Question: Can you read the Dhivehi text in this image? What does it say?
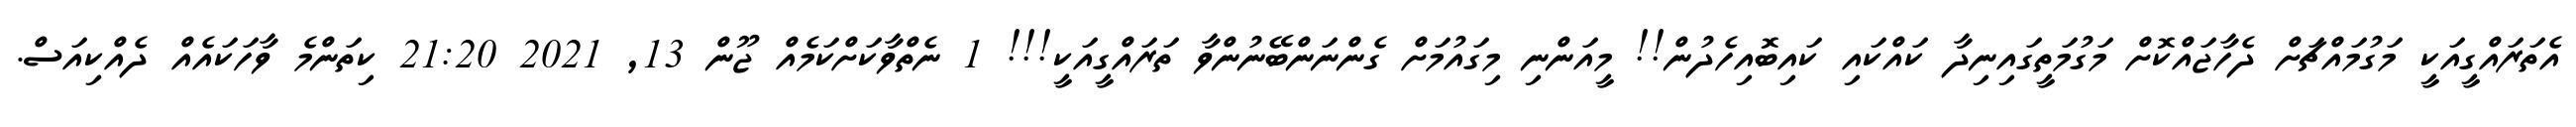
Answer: އެތަރައްގީއަކީ މަގުމައްޗަށް ދެހާޖައްކޮށް މަގުމަތީގައިނިދާ ކައްކައި ކައިބޮއިހެދުން!! މީއަންނި މިގައުމަށް ގެންނަންބޭނުންވާ ތަރައްގީއަކީ!!! 1 ނެތްވާކަށްކަމެއް ޖޫން 13, 2021 21:20 ކިތަންމެ ވާހަކައެއް ދެއްކިއަސް.